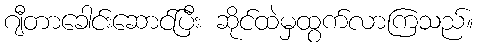
ဂျီတာခေါင်းဆောင်ပြီး ဆိုင်ထဲမှထွက်လာကြသည်။